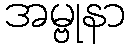
အမ္ဗုနာ